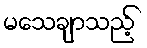
မသေချာသည့်